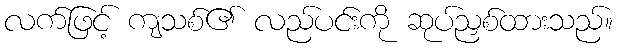
လက်ဖြင့် ကျသစ်၏ လည်ပင်းကို ဆုပ်ညှစ်ထားသည်။